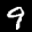
Label: 9